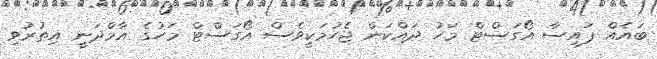
ބައެއް ފައިސާ އޯގަސްޓް މަހު ދައްކަން ޖެހުމަކީވެސް އޯގަސްޓް މަހުގެ އާމްދަނީ އިތުރުވި